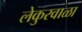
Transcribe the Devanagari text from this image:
लेकुरवाळा